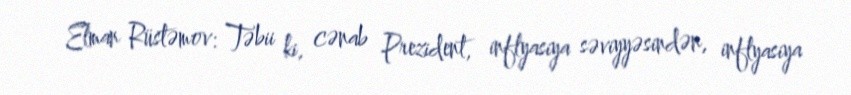
Elman Rüstəmov: Təbii ki, cənab Prezident, inflyasiya səviyyəsindən, inflyasiya